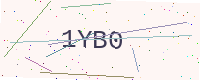
Text: 1YB0